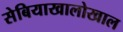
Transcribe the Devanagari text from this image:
सेबियाखालोखाल